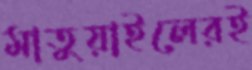
মাতুয়াইলেরই